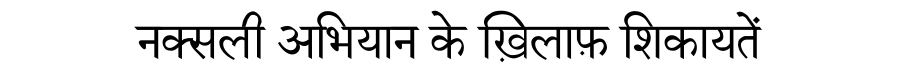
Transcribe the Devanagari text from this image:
नक्सली अभियान के ख़िलाफ़ शिकायतें